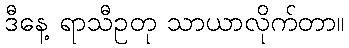
ဒီနေ့ ရာသီဥတု သာယာလိုက်တာ။